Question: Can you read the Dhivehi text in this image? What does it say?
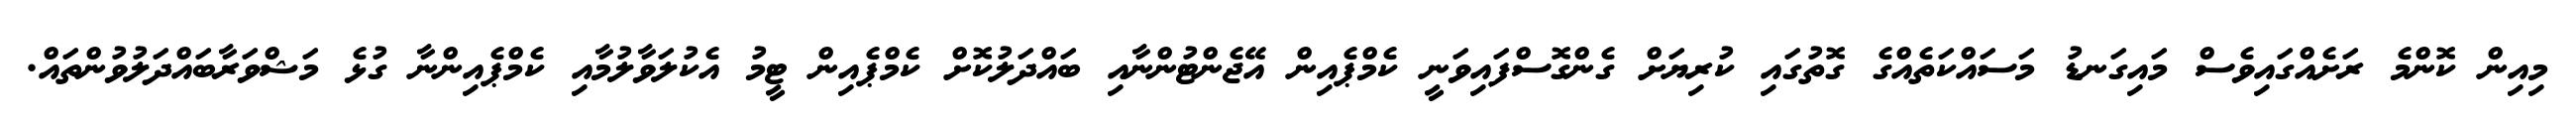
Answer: މިއިން ކޮންމެ ރަށެއްގައިވެސް މައިގަނޑު މަސައްކަތެއްގެ ގޮތުގައި ކުރިޔަށް ގެންގޮސްފައިވަނީ ކެމްޕެއިން އޭޖެންޓުންނާއި ބައްދަލުކޮށް ކެމްޕެއިން ޓީމު އެކުލަވާލުމާއި ކެމްޕެއިންނާ ގުޅެ މަޝްވަރާބައްދަލުވުންތައް.